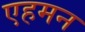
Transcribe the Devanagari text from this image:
एहमन